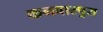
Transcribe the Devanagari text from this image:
कनवारपुरा